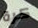
كرة